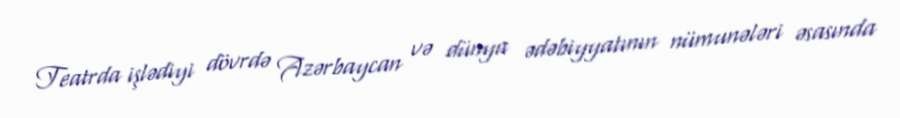
Teatrda işlədiyi dövrdə Azərbaycan və dünya ədəbiyyatının nümunələri əsasında